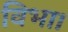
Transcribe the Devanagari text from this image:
विभा।